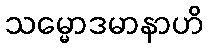
သမ္မောဒမာနာဟိ